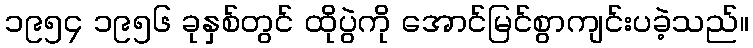
၁၉၅၄ ၁၉၅၆ ခုနှစ်တွင် ထိုပွဲကို အောင်မြင်စွာကျင်းပခဲ့သည်။